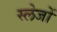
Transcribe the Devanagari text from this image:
स्लेजों